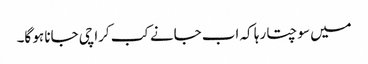
میں سوچتا رہا کہ اب جانے کب کراچی جانا ہو گا۔